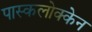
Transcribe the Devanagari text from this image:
पास्कलोक्केन